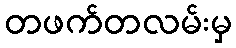
တဖက်တလမ်းမှ